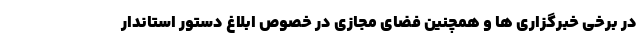
در برخی خبرگزاری ها و همچنین فضای مجازی در خصوص ابلاغ دستور استاندار